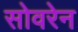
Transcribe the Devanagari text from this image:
सोवरेन